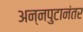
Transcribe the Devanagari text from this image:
अन्नपुटानंतर